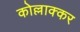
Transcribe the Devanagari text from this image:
कोल्लाक्कर